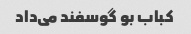
کباب بو گوسفند می‌داد